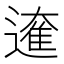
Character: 𮟁